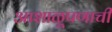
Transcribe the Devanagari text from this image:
आशाळूपणाची